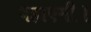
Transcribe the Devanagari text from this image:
बहाएगी।